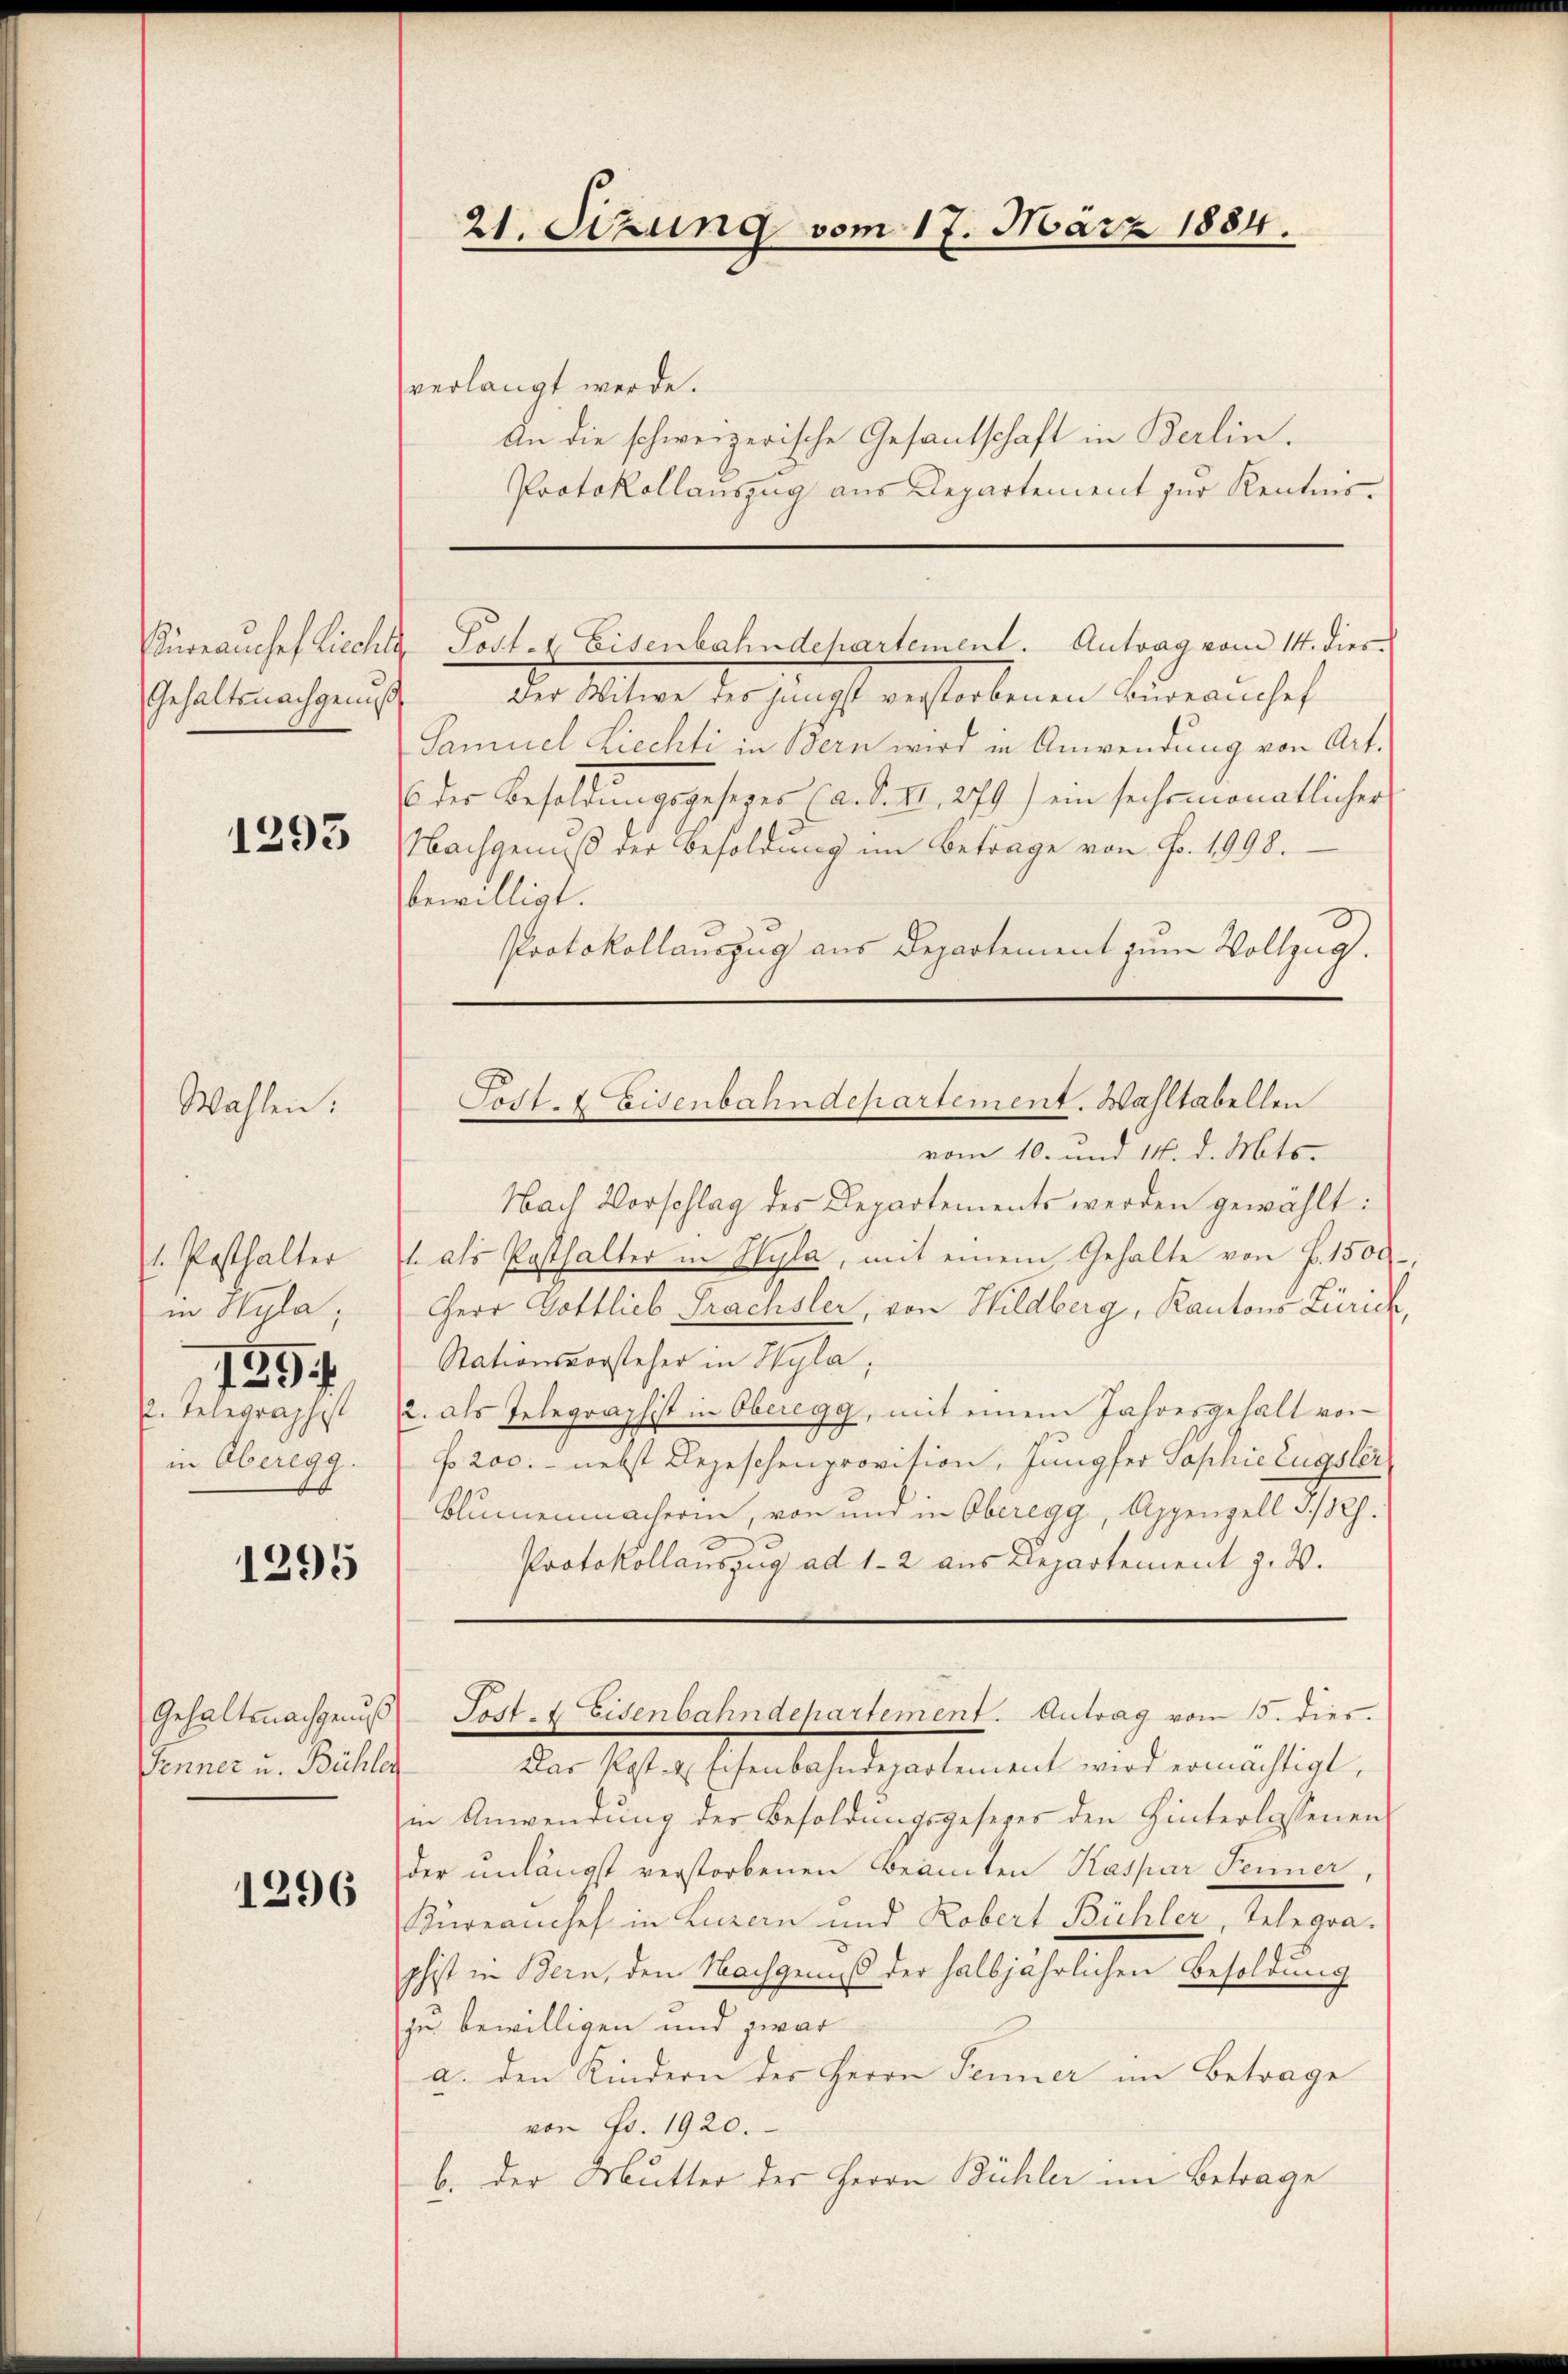
Bürrauchef Lichts
Gehaltsnachgenuß

1293

Wahlen.

. Posthalter
in Wyla,
159
. Telegraphist
in Oberegg.

1295

Gehaltsnachgenuß
Fenner u. Bühler

1296

21. Sizung vom 17. März 1884.

verlangt werde.
An die schweizerische Gesantschaft in Berlin.
Protokollauszug aus Departement zur Kenntnis¬
Post. I. Eisenbahndehartement. Antrag vom 14. dies
Der Witwe des jüngst verstorbenen Büreauchef
Samuel Liechti in Bern wird in Anwendung von Art.
E der Besoldungsgesetzes (a. d. II., 279) ein sechsmonatlicher
Nachgenuß der Besoldung im Betrage von Fr. 1998.
bewilligt.
Protokollauszug aus Departement zum Vollzug.
vom 10. und 14. d. Mts.
Nach Vorschlag des Departements werden gewählt:
1. als Posthalter in Hyla, mit einem Gehalte von F. 1500
Herr Gottlieb Frachsler, von Wildberg, Kantons Zürich
Stationsvorsteher in Wyla:
2. als Telegraphist in Oberegg, mit einem Jahresgehalt von
fo 200. - nebst Depeschenprovision, Jungfer Sophie Eugster
Blumenmacherin, von und in Oberegg, Appenzell I/Rh.
Protokollauszug ad 1-2 aus Departement z. B.
Post- & Eisenbahndehartement. Antrag vom 15. dies
Das Post- & Eisenbahndepartement wird ermächtigt,
in Anwendung der Besoldungsgesezes den Hinterlassenen
der unlängst verstorbenen Beamten Kaspar Fenner,
Kuranchef in Luzern und Robert Bühler, Telegraphist in Bern, den Nachgenuss der halbjährlichen Besoldung
zu bewilligen und zwar
a. den Kindern der Herrn Fenner im Betrage
von Fr. 1920.
b. der Mutter der Herrn Bühler im Betrage

Post- & Eisenbahndepartement. Wahltabellen